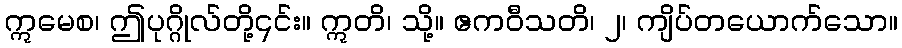
ဣမေစ၊ ဤပုဂ္ဂိုလ်တို့၎င်း။ ဣတိ၊ သို့။ ဧကဝီသတိ၊ ၂၊ ကျိပ်တယောက်သော။